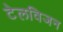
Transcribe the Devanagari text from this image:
टेलविजन